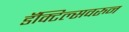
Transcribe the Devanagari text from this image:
डॅक्टिल्सवरुन